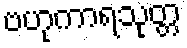
ဗဟုကာရသုတ္တ